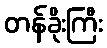
တန်ခိုးကြီး